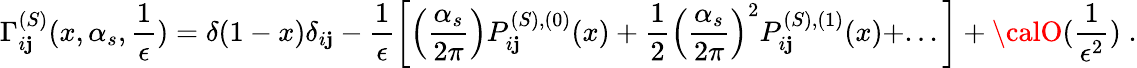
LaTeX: \Gamma_{i\mathbf{j}}^{(S)}(x,\alpha_{s},\frac{{1}}{{\epsilon}})=\delta(1-x)\delta_{i\mathbf{j}}-\frac{{1}}{{\epsilon}}\left[\left(\frac{{\alpha_{s}}}{{2\pi}}\right)P_{i\mathbf{j}}^{(S),(0)}(x)+\frac{{1}}{{2}}\left(\frac{{\alpha_{s}}}{{2\pi}}\right)^{2}P_{i\mathbf{j}}^{(S),(1)}(x)+...\right]+{\calO}(\frac{{1}}{{\epsilon^{2}}})\; .